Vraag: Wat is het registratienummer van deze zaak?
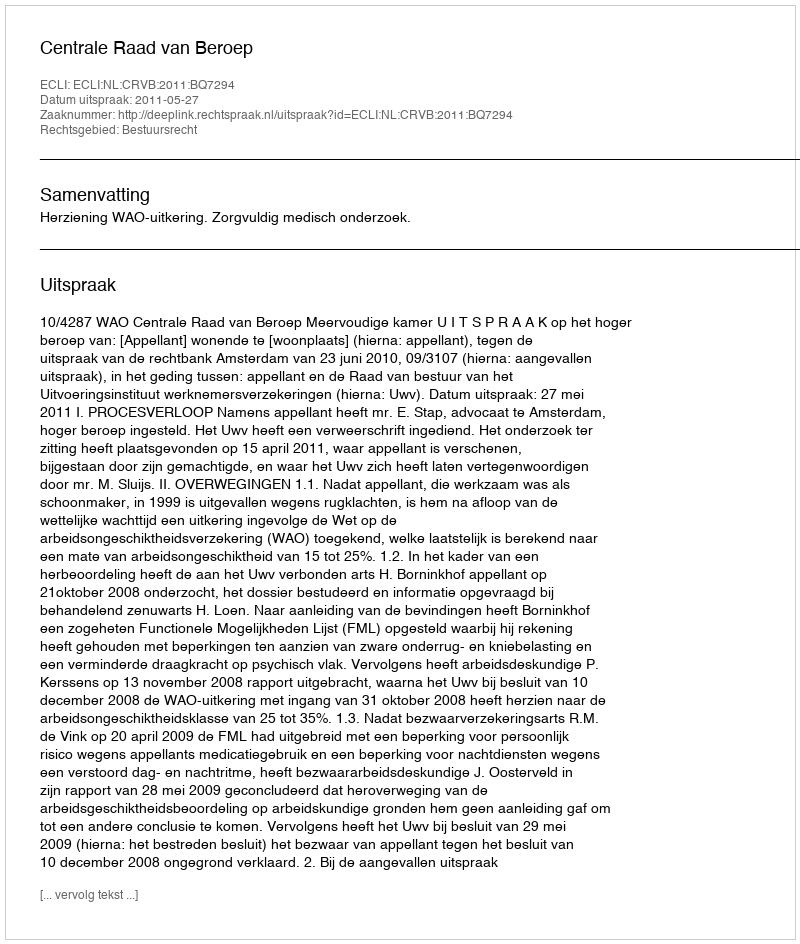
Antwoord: http://deeplink.rechtspraak.nl/uitspraak?id=ECLI:NL:CRVB:2011:BQ7294